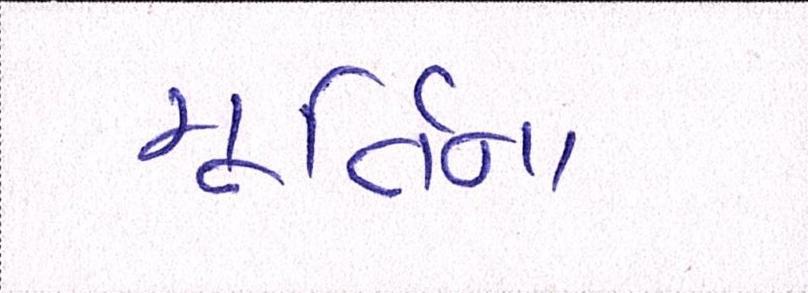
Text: મૂર્તિના